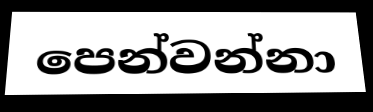
පෙන්වන්නා